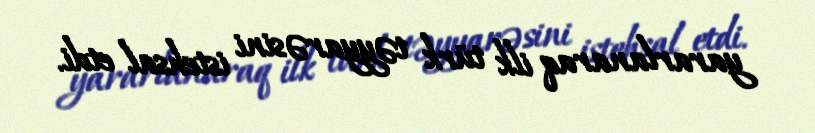
yararlanaraq ilk türk təyyarəsini istehsal etdi.